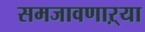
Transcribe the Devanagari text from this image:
समजावणाऱ्या